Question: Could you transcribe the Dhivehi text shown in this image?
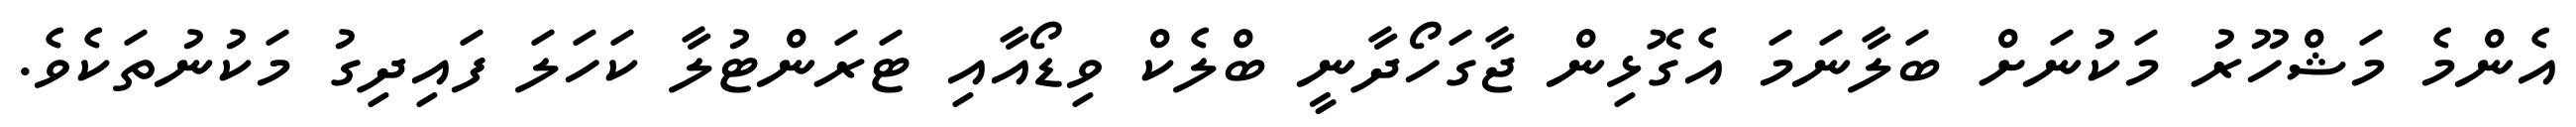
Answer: އެންމެ މަޝްހޫރު މަކުނަށް ބަލާނަމަ އެގޮޅިން ޖާގަހޯދާނީ ބްލެކް ވިޑޯއާއި ޓަރަންޓުލާ ކަހަލަ ފައިދިގު މަކުނުތަކެވެ.